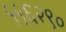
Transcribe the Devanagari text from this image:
५५६२९०